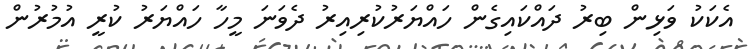
އެކަކު ވަޅިން ބިރު ދައްކައިގެން ހައްޔަރުކުރިއިރު ދެވަނަ މީހާ ހައްޔަރު ކުރީ އުމުރުން